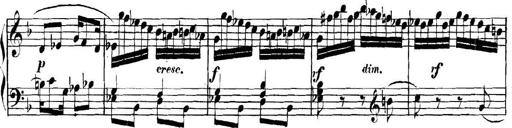
Title: Collected Piano Sonatas
Composer: Muzio Clementi